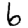
Digit: 6